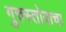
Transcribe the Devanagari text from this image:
गुरुस्तोत्राचा